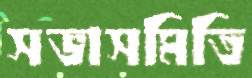
সভাসমিতি